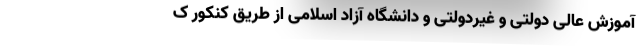
آموزش عالی دولتی و غیردولتی و دانشگاه آزاد اسلامی از طریق کنکور ک